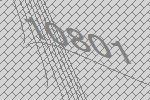
10801